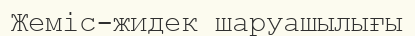
Жеміс-жидек шаруашылығы